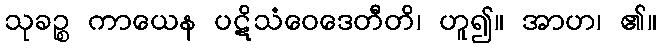
သုခဉ္စ ကာယေန ပဋိသံဝေဒေတီတိ၊ ဟူ၍။ အာဟ၊ ၏။